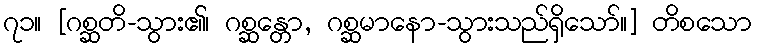
၇၁။ [ဂစ္ဆတိ-သွား၏၊ ဂစ္ဆန္တော, ဂစ္ဆမာနော-သွားသည်ရှိသော်။] တိစသော